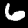
Label: 6